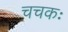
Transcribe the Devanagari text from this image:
चचकः